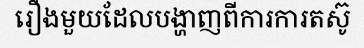
រឿងមួយដែលបង្ហាញពីការការតស៊ូ